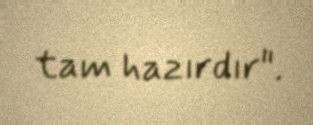
tam hazırdır".